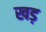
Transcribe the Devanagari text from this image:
खड़